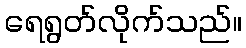
ရေရွတ်လိုက်သည်။